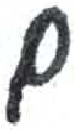
אות: ם